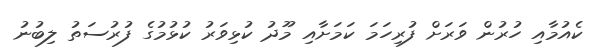
ކެއުމާއި ހުރުން ވަރަށް ފުރިހަމަ ކަމަށާއި މޫދު ކުޅިވަރު ކުޅުމުގެ ފުރުސަތު ލިބުނު